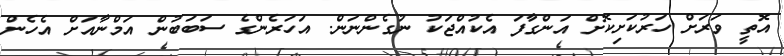
އޮތީ ވަރަށް ހަރުކަށިކޮށް އަންގާފަ އެކުއްޖަކު ނުގެންނަން. އަހަރެންގެ ސަބަބުން އަމްނާއަށް އެހެން